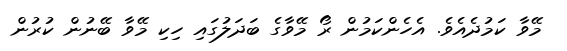
މޭވާ ކަމުދެއެވެ. އެހެންކަމުން ރޯ މޭވާގެ ބަދަލުގައި ހިކި މޭވާ ބޭނުން ކުރުން